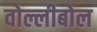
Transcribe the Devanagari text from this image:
वोल्लीबोल